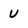
Character: u